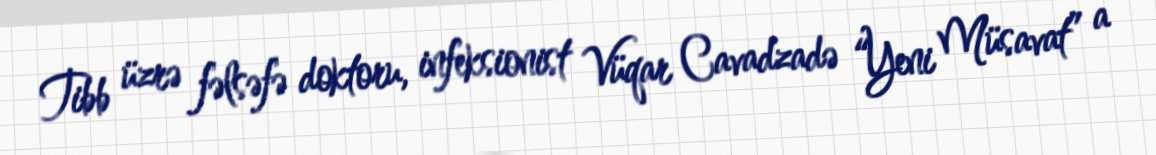
Tibb üzrə fəlsəfə doktoru, infeksionist Vüqar Cavadzadə “Yeni Müsavat” a